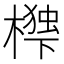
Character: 𭬃